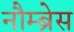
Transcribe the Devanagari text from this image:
नौम्ब्रेस